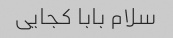
سلام بابا کجایی